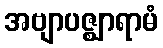
အဗျာပဇ္ဈာရာမံ